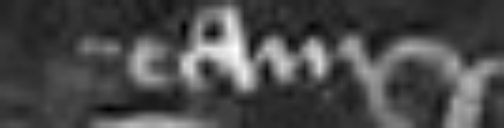
tam